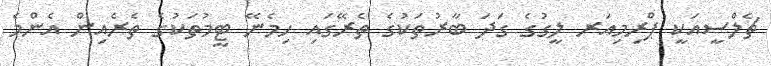
ޗެލްސީއަކީ ޕްރިމިއަރ ލީގުގެ ގަދަ ބާރުތަކުގެ ތެރޭގައި ހިމެނޭ ޓީމުތަކުގެ ތެރެއިން އެންމެ